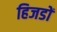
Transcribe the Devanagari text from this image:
हिजडों